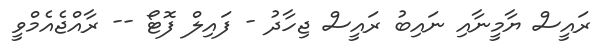
ރައީސް ޔާމީނާއި ނައިބު ރައީސް ޖިހާދު - ފައިލް ފޮޓޯ -- ރާއްޖެއެމްވީ